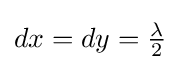
{\textstyle dx=dy={\lambda  \over 2}}